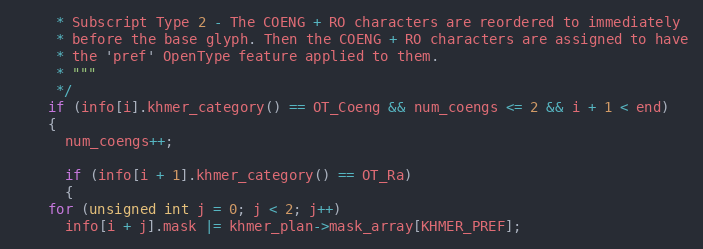
Language: C++
     * Subscript Type 2 - The COENG + RO characters are reordered to immediately
     * before the base glyph. Then the COENG + RO characters are assigned to have
     * the 'pref' OpenType feature applied to them.
     * """
     */
    if (info[i].khmer_category() == OT_Coeng && num_coengs <= 2 && i + 1 < end)
    {
      num_coengs++;

      if (info[i + 1].khmer_category() == OT_Ra)
      {
	for (unsigned int j = 0; j < 2; j++)
	  info[i + j].mask |= khmer_plan->mask_array[KHMER_PREF];